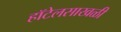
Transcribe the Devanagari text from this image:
हॉटेलसाखळी